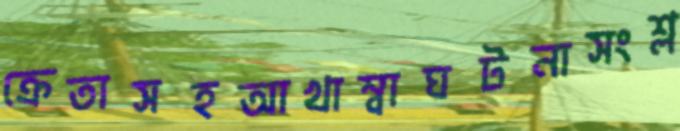
ক্রেতাসহআখাম্বাঘটনাসংশ্ল